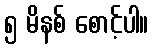
၅ မိနစ် စောင့်ပါ။